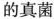
的真菌